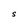
Character: S